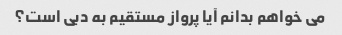
می خواهم بدانم آیا پرواز مستقیم به دبی است؟